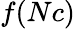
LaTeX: f(Nc)